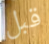
قبل